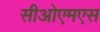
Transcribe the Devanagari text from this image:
सीओएमएस